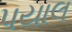
પયાલ